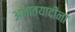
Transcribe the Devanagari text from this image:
अमात्यादींना